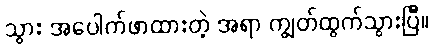
သွား အပေါက်ဖာထားတဲ့ အရာ ကျွတ်ထွက်သွားပြီ။